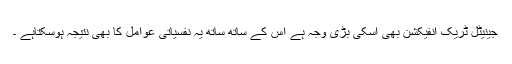
جینیٹل ٹریک انفیکشن بھی اسکی بڑی وجہ ہے اس کے ساتھ ساتھ یہ نفسیاتی عوامل کا بھی نتیجہ ہوسکتاہے ۔